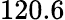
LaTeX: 120.6